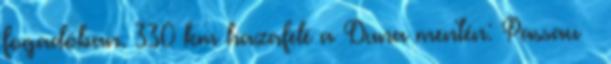
fogadóban. 330 km hazafelé a Duna mentén: Passau –